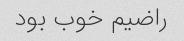
راضیم خوب بود